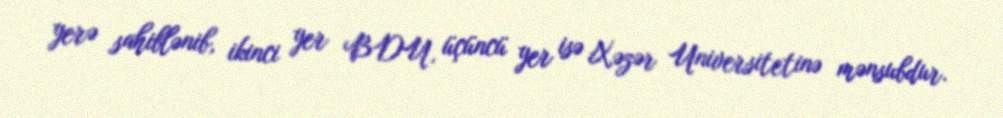
yerə sahiblənib, ikinci yer BDU, üçüncü yer isə Xəzər Universitetinə mənsubdur.